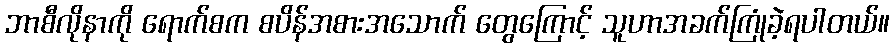
ဘာစီလိုနာကို ရောက်စက စပိန်အစားအသောက် တွေကြောင့် သူဟာအခက်ကြုံခဲ့ရပါတယ်။